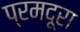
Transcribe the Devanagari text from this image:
प्रमदूरा